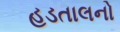
હડતાલનો